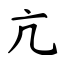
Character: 亢